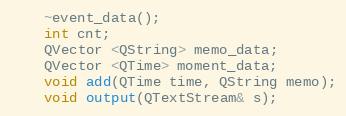
Language: C
    ~event_data();
    int cnt;
    QVector <QString> memo_data;
    QVector <QTime> moment_data;
    void add(QTime time, QString memo);
    void output(QTextStream& s);